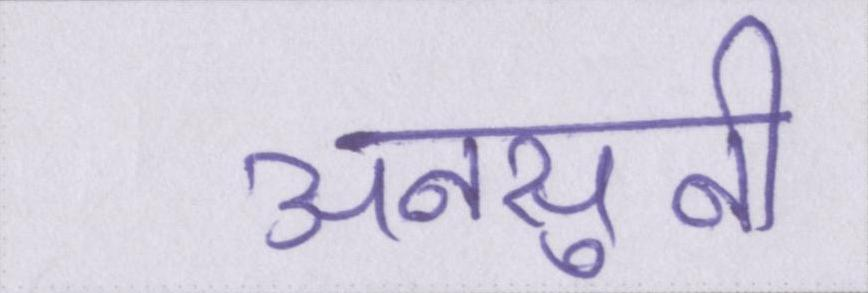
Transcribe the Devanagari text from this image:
अनसुनी